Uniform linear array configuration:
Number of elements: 8
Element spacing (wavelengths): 1
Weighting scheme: cosine
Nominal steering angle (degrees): -45
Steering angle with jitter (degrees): -43.001
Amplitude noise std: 0.05
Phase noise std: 0.05

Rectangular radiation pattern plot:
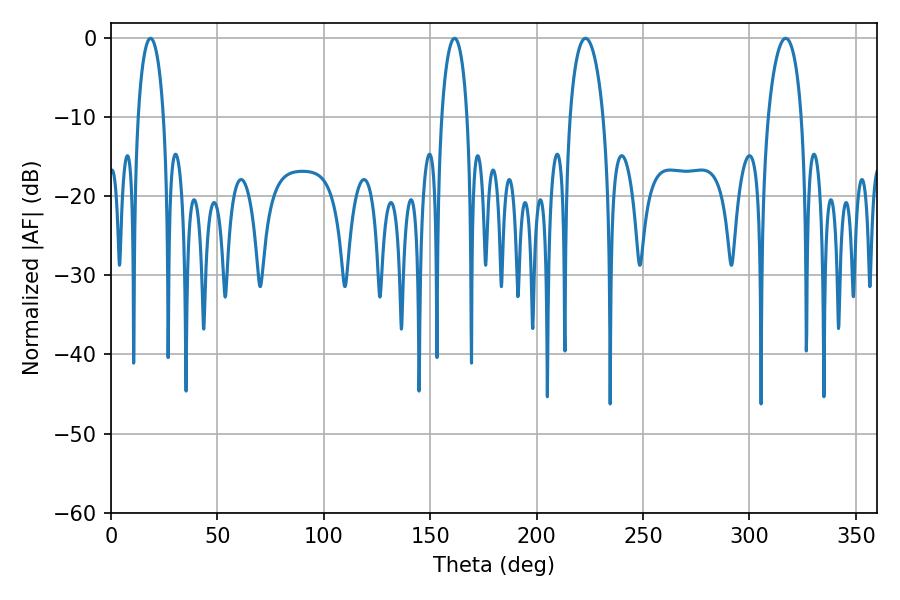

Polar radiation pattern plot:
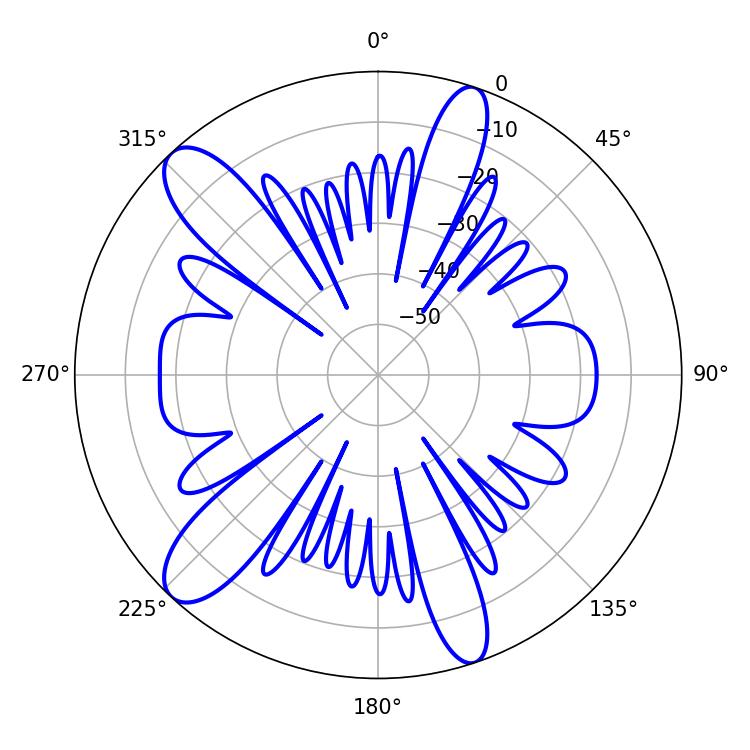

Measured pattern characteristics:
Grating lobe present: TRUE
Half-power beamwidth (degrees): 6.84
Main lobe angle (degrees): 18.54